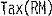
TAX(RM)